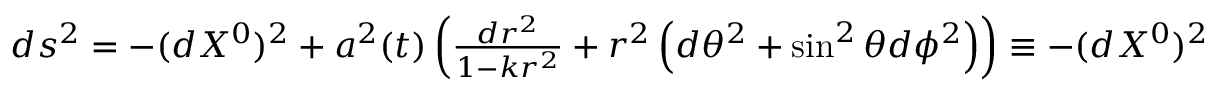
\begin{array} { r } { d s ^ { 2 } = - ( d X ^ { 0 } ) ^ { 2 } + a ^ { 2 } ( t ) \left( \frac { d r ^ { 2 } } { 1 - k r ^ { 2 } } + r ^ { 2 } \left( d \theta ^ { 2 } + \sin ^ { 2 } \theta d \phi ^ { 2 } \right) \right) \equiv - ( d X ^ { 0 } ) ^ { 2 } + a ^ { 2 } ( t ) d l _ { 3 \textrm { D } } ^ { 2 } \, , } \end{array}